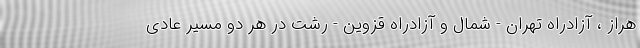
هراز ، آزادراه تهران - شمال و آزادراه قزوین - رشت در هر دو مسیر عادی